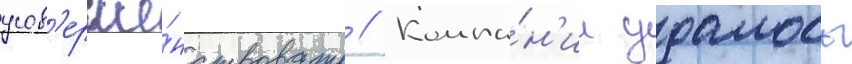
усов'ерше́нствовать // Компа́н'ии удалось